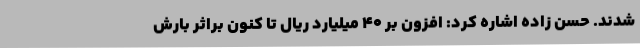
شدند. حسن زاده اشاره کرد: افزون بر ۴۰ میلیارد ریال تا کنون براثر بارش